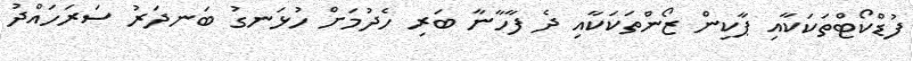
ފުޑްކޯޓްތަކަކާއި ޕާކިން ޒޯންތަކަކާއި ދެ ފާހާނާ ބަރި ހެދުމަށް ހުޅަނގު ބަނދަރު ސަރަހައްދު